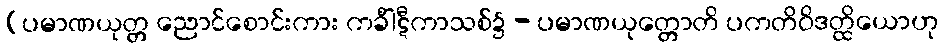
(ပမာဏယုတ္တ ညောင်စောင်းကား ကင်္ခါဋီကာသစ်၌ - ပမာဏယုတ္တောတိ ပကတိဝိဒတ္ထိယောဟု